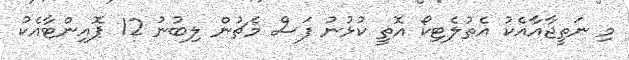
މި ނަތީޖާއާއެކު އެތުލެޓިކޯ އޮތީ ކުޅުނު ފަސް މެޗުން ލިބުނު 12 ޕޮއިންޓާއެކު